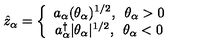
\hat { z } _ { \alpha } = \left\{ \begin{array} { c } { a _ { \alpha } ( \theta _ { \alpha } ) ^ { 1 / 2 } , \enspace \theta _ { \alpha } > 0 } \\ { a _ { \alpha } ^ { \dagger } | \theta _ { \alpha } | ^ { 1 / 2 } , \enspace \theta _ { \alpha } < 0 } \\ \end{array} \right.